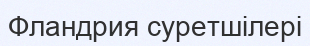
Фландрия суретшілері